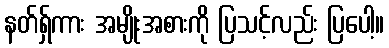
နတ်ရှ်ကား အမျိုးအစားကို ပြသင့်လည်း ပြပေါ့။